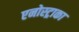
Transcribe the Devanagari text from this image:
एनोस्ट्राका